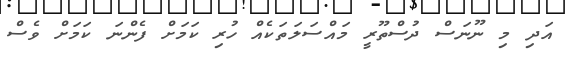
އަދި މި ނޫނަސް ދުސްތޫރީ މައްސަލަތަކެއް ހުރި ކަމަށް ފެންނަ ކަމަށް ވެސް